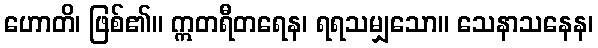
ဟောတိ၊ ဖြစ်၏။ ဣတရီတရေန၊ ရရသမျှသော။ သေနာသနေန၊